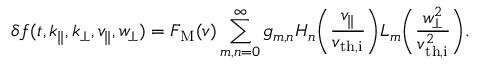
\delta f ( t , k _ { \parallel } , k _ { \perp } , v _ { \parallel } , w _ { \perp } ) = F _ { \mathrm { M } } ( v ) \sum _ { m , n = 0 } ^ { \infty } g _ { m , n } H _ { n } \biggl ( \frac { v _ { \parallel } } { v _ { \mathrm { t h , i } } } \biggr ) L _ { m } \biggl ( \frac { w _ { \perp } ^ { 2 } } { v _ { \mathrm { t h , i } } ^ { 2 } } \biggr ) .